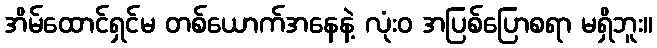
အိမ်ထောင်ရှင်မ တစ်ယောက်အနေနဲ့ လုံးဝ အပြစ်ပြောစရာ မရှိဘူး။